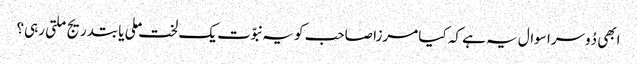
ابھی دُوسرا سوال یہ ہے کہ کیا مرزا صاحب کو یہ نبوّت یک لخت ملی یا بتدریج ملتی رہی؟